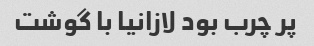
پر چرب بود لازانیا با گوشت